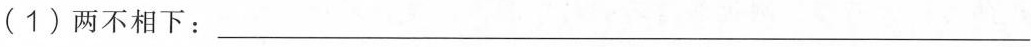
(1)两不相下：___